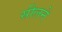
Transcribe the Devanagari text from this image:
सीलने